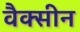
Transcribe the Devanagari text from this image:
वैक्‍सीन